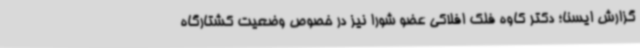
گزارش ایسنا؛ دکتر کاوه فلک افلاکی عضو شورا نیز در خصوص وضعیت کشتارگاه